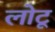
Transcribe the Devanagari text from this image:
लोटू